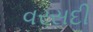
વરસદી